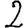
Digit: 2